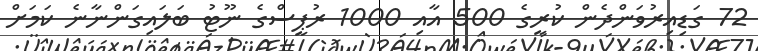
72 ގަޑިއިރުވަންދެން ކުރީގެ 500 އާއި 1000 ރުޕީސްގެ ނޫޓު ބަލައިގަންނާނެ ކަމަށް